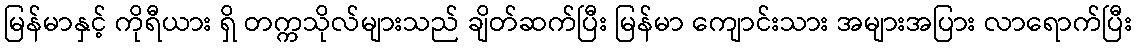
မြန်မာနှင့် ကိုရီယား ရှိ တက္ကသိုလ်များသည် ချိတ်ဆက်ပြီး မြန်မာ ကျောင်းသား အများအပြား လာရောက်ပြီး